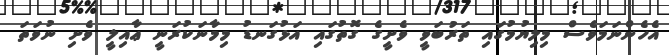
އެހެންނަމަވެސް މިލިޔުމުގައި ތަރުބަވީ ވެށީގެ ގޮތުގައި އަޅުގަނޑު މިމާނަކުރަނީ ޢާއިލީ ވެށި ނުވަތަ